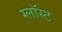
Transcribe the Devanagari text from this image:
ग्लॉस्ट